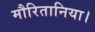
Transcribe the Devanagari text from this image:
मौरितानिया।